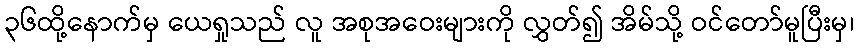
၃၆ထို့နောက်မှ ယေရှုသည် လူ အစုအဝေးများကို လွှတ်၍ အိမ်သို့ ဝင်တော်မူပြီးမှ၊